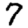
Digit: 7